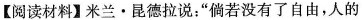
【阅读材料】米兰 $$\bullet $$ 昆德拉说：“倘若没有了自由，人的